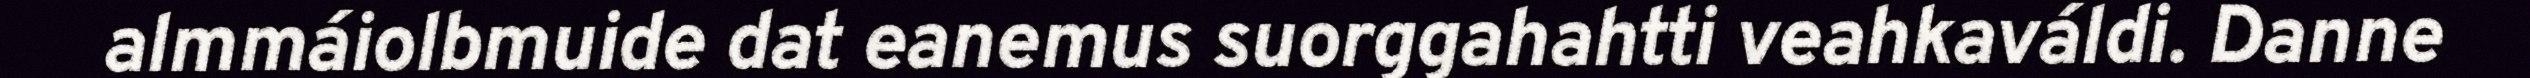
almmáiolbmuide dat eanemus suorggahahtti veahkaváldi. Danne